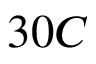
3 0 C